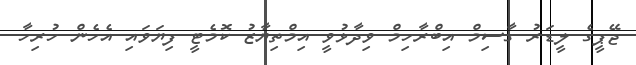
ޖޭޕީގެ ލީޑަރު ގާސިމް އިބްރާހިމް ވިދާޅުވީ އިމްތިޔާޒު ކޮމެޓީ ފިޔަވައި އެހެން ހުރިހާ